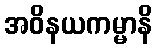
အဝိနယကမ္မာနိ